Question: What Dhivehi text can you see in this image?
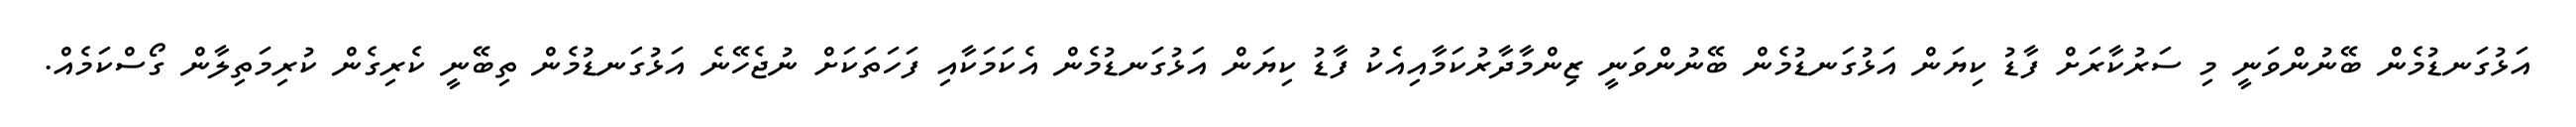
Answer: އަޅުގަނޑުމެން ބޭނުންވަނީ މި ސަރުކާރަށް ފާޑު ކިޔަން އަޅުގަނޑުމެން ބޭނުންވަނީ ޒިންމާދާރުކަމާއިއެކު ފާޑު ކިޔަން އަޅުގަނޑުމެން އެކަމަކާއި ފަހަތަކަށް ނުޖެހޭނެ އަޅުގަނޑުމެން ތިބޭނީ ކެރިގެން ކުރިމަތިލާން ގޯސްކަމެއް.